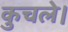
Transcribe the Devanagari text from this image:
कुचले।